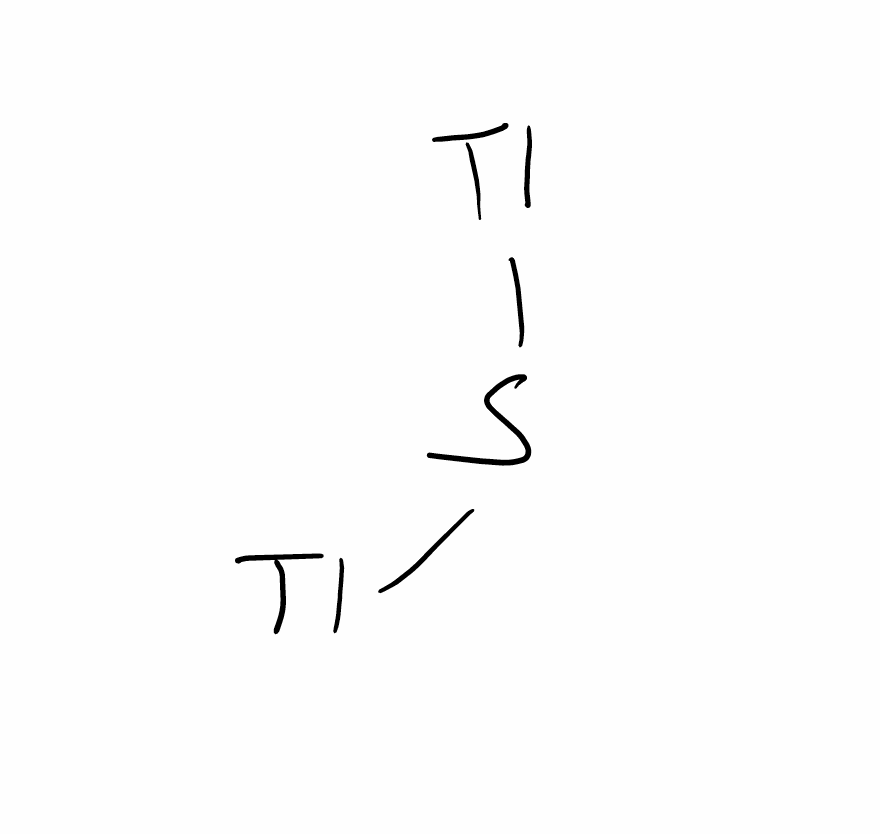
Simplified molecular-input line-entry system (SMILES) notation of the given molecule:
S([Tl])[Tl]